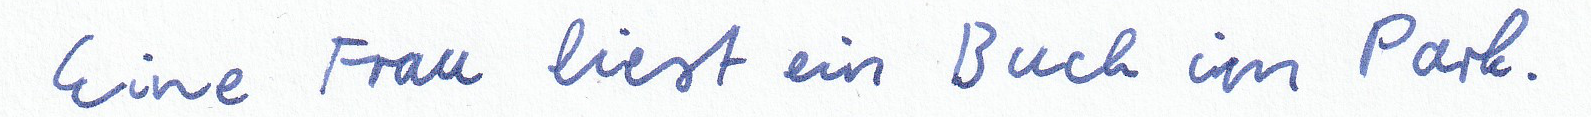
Eine Frau liest ein Buch im Park.